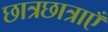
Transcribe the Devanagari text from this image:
छात्रछात्राएँ